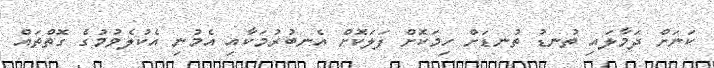
ކަނަށް ދަމާލައި ތުނޑު ތުނޑަށް ހިމަކޮށް ފަލަކޮށް އެނބުރުމަކާއި އެމުނި އެކުލެވުމުގެ ގޮތްތައް